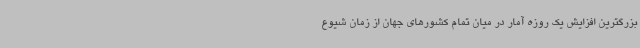
بزرگترین افزایش یک روزه آمار در میان تمام کشورهای جهان از زمان شیوع